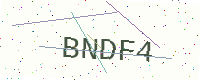
Text: BNDF4